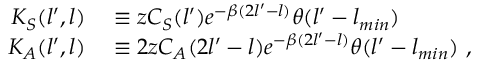
\begin{array} { r l } { K _ { S } ( l ^ { \prime } , l ) } & { { } \equiv z C _ { S } ( l ^ { \prime } ) e ^ { - \beta ( 2 l ^ { \prime } - l ) } \theta ( l ^ { \prime } - l _ { m i n } ) } \\ { K _ { A } ( l ^ { \prime } , l ) } & { { } \equiv 2 z C _ { A } ( 2 l ^ { \prime } - l ) e ^ { - \beta ( 2 l ^ { \prime } - l ) } \theta ( l ^ { \prime } - l _ { m i n } ) \ , } \end{array}